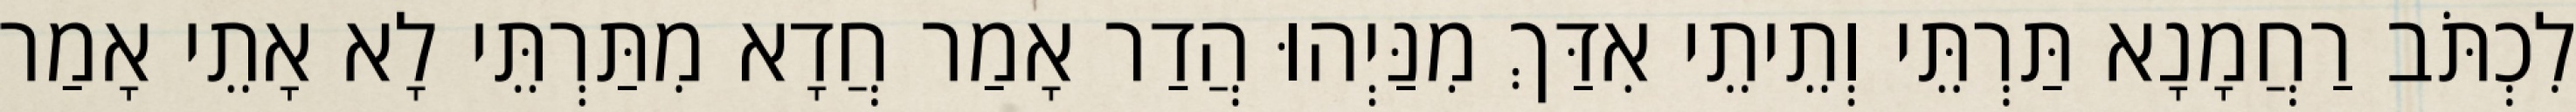
לִכְתֹּב רַחֲמָנָא תַּרְתֵּי וְתֵיתֵי אִדַּךְ מִנַּיְהוּ הֲדַר אָמַר חֲדָא מִתַּרְתֵּי לָא אָתֵי אָמַר